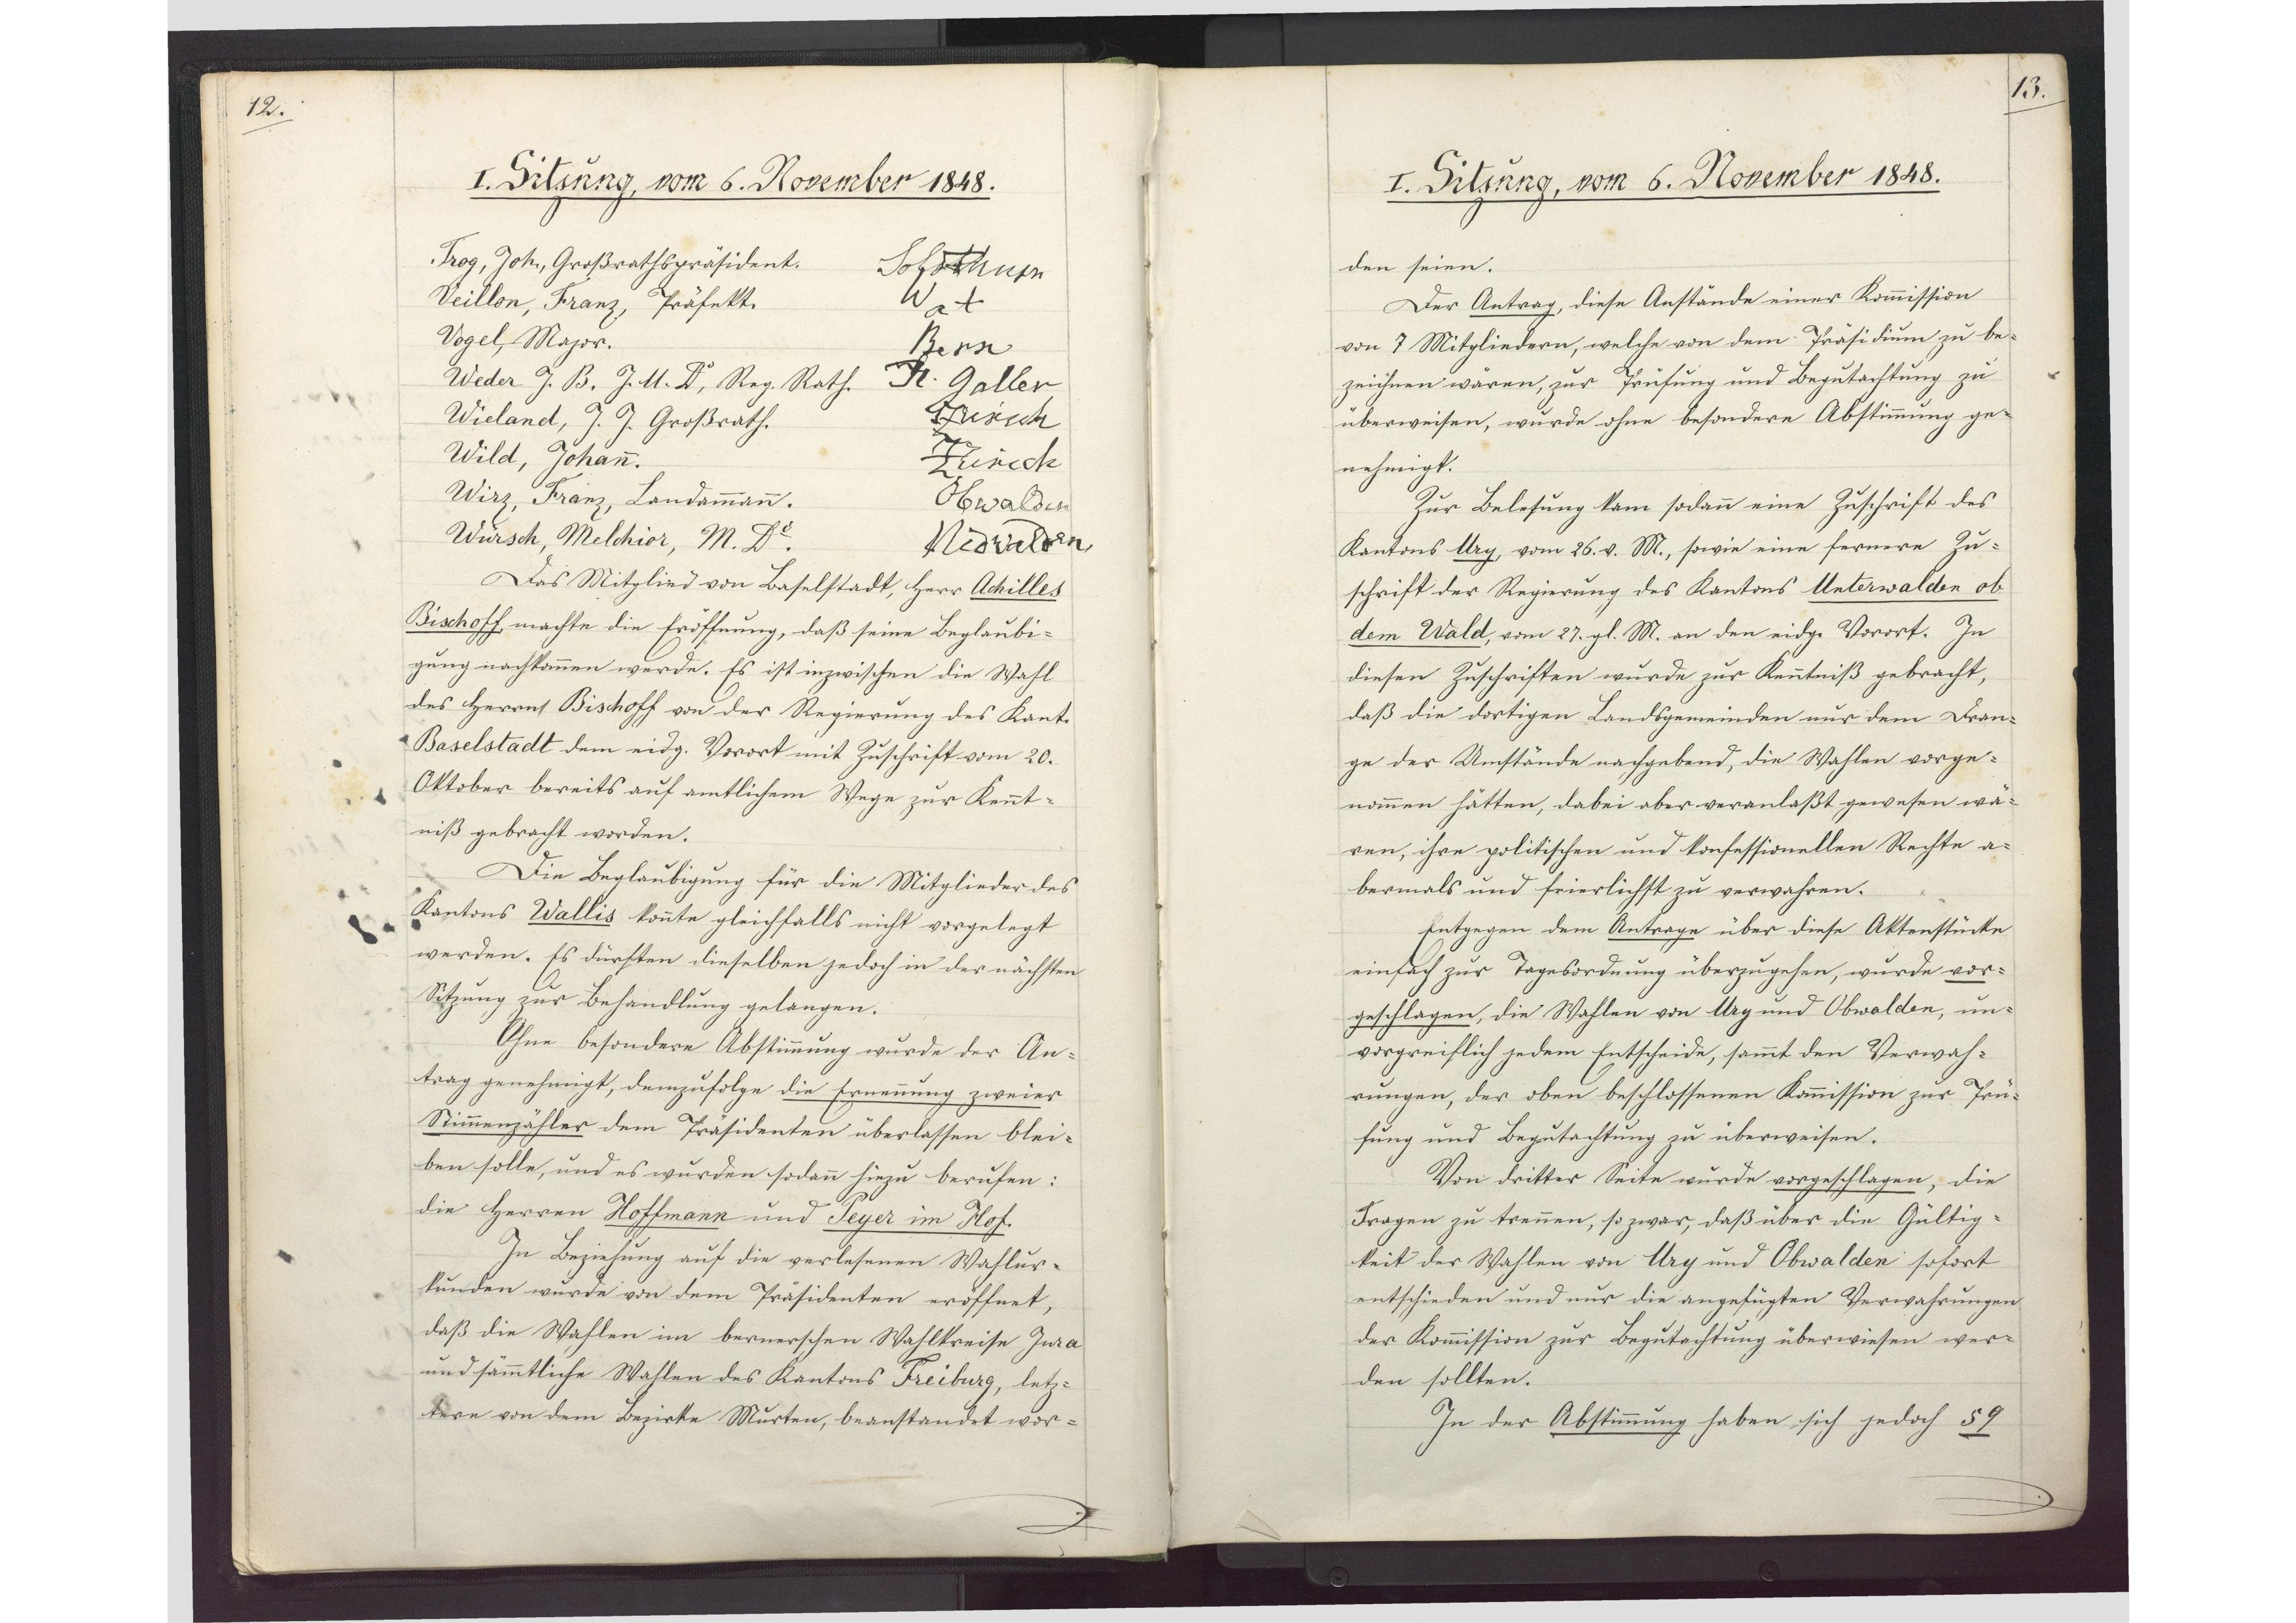
12.

I. Sitzung, vom 6. November 1848.

Trog, Joh., Großrathspräsident.
Solothurn
Veillon, Franz, Präfekt.
Wat
Vogel, Major.
Bern
Weder J. B. J. U Dr., Reg. Rath.
St. Gallen
Wieland, J. J. Großrath.
Zürichch
Wild, Johann.
Zürich
Wirz, Franz, Landammann.
Obwalden
Würsch, Melchior, M. Dr.
Nidwalden
Das Mitglied von Baselstadt, Herr Achilles
Bischoff, machte die Eröffnung, daß seine Beglaubi¬
gang nachkommen werde. Es ist inzwischen die Wahl
des Herrn Bischoff von der Regierung des Kant.
Baselstadt dem eidg. Vorort mit Zuschrift vom 20.
Oktober bereits auf amtlichem Wege zur Kennt¬
niß gebracht worden.
Die Beglaubigung für die Mitglieder des
Kantons Wallis könnte gleichfalls nicht vorgelegt
werden. Es dürften dieselben jedoch in der nächsten
Sitzung zur Behandlung gelangen.
Ohne besondere Abstimmung wurde der An¬
trag genehmigt, demzufolge die Ernennung zweier
Stimmenzähler dem Präsidenten überlassen blei¬
ben solle, und es wurden sodann hiezu berufen:
die Herren Hoffmann und Peyer im Hof.
In Beziehung auf die verlesenen Wahlur¬
kunden wurde von dem Präsidenten eröffnet,
daß die Wahlen im bernerschen Wahlkreise Jura
und sämmtliche Wahlen des Kantons Freiburg, letz¬
tere von dem Bezirke Murten, beanstandet wor¬

13.

I. Sitzung, vom 6. November 1848.

den seien.
Der Antrag, diese Anstände einer Kommission
von 7 Mitgliedern, welche von dem Präsidium zu be¬
zeichnen waren, zur Prüfung und Begutachtung zu
überweisen, wurde ohne besondere Abstimmung ge¬
nehmigt.
Zur Belesung kam sodann eine Zuschrift des
Kantons Ury, vom 26. v. M., sowie eine fernere Zu¬
schrift der Regierung des Kantons Unterwalden ob
dem Wald, vom 27. gl. M. an den eidg. Vorort. In
diesen Zuschriften wurde zur Kenntniß gebracht,
daß die dortigen Landsgemeinden nur dem Dran¬
ge der Umstände nachgebend, die Wahlen vorge¬
nommen hätten, dabei aber veranlaßt gewesen wä¬
ren, ihre politischen und konfessionellen Rechte a¬
bermals und feierlichst zu verwahren.
Entgegen dem Antrage über diese Aktenstücke
einfach zur Tagesordnung überzugehen, wurde vor¬
geschlagen, die Wahlen von Ury und Obwalden, un¬
vorgreiflich jedem Entscheide, sammt den Verwah¬
rungen, der oben beschlossenen Kommission zur Prü¬
fung und Begutachtung zu überweisen.
Von dritter Seite wurde vorgeschlagen, die
Fragen zu trennen, so zwar, daß über die Gültig¬
keit der Wahlen von Ury und Obwalden sofort
entschieden und nur die angefügten Verwahrungen
der Kommission zur Begutachtung überwiesen wer¬
den sollten.
In der Abstimmung haben sich jedoch 59